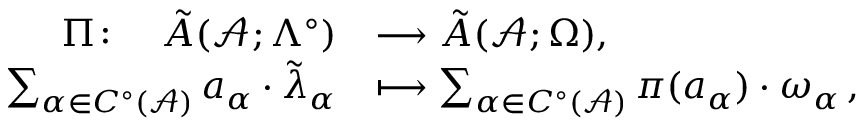
\begin{array} { r l } { \Pi \colon \quad \tilde { A } ( \mathcal { A } ; \Lambda ^ { \circ } ) } & { \longrightarrow \tilde { A } ( \mathcal { A } ; \Omega ) , } \\ { \sum _ { \alpha \in C ^ { \circ } ( \mathcal { A } ) } a _ { \alpha } \cdot \tilde { \lambda } _ { \alpha } } & { \longmapsto \sum _ { \alpha \in C ^ { \circ } ( \mathcal { A } ) } \pi ( a _ { \alpha } ) \cdot \omega _ { \alpha } \, , } \end{array}